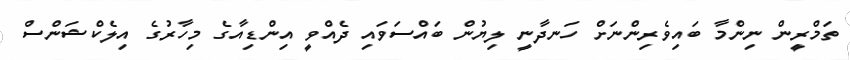
ތަމްރީން ނިންމާ ބައިވެރިންނަށް ހަނދާނީ ލިޔުން ބައްސަވައި ދެއްވީ އިންޑިއާގެ މިހާރުގެ އިލެކްޝަންސް